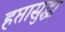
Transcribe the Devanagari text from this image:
हप्तासुद्धा